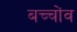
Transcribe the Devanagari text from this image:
बच्चोंव